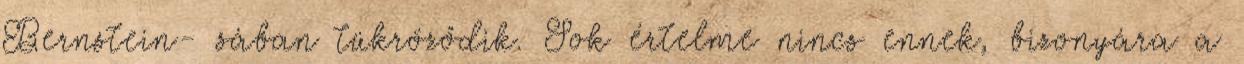
Bernstein- sában tükröződik. Sok értelme nincs ennek, bizonyára a